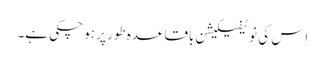
اِس کی نوٹیفیکیشن باقاعدہ طور پر ہو چکی ہے۔